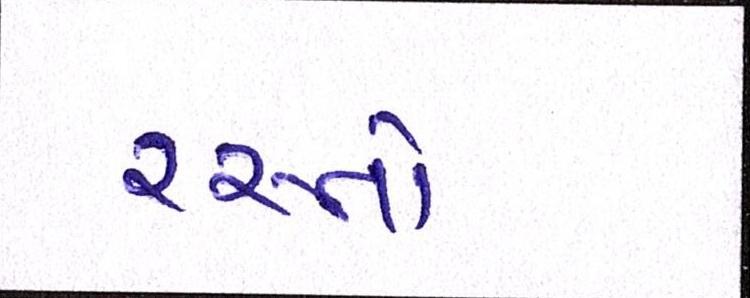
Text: રસ્તો